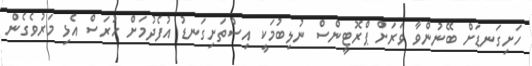
ހަށިގަނޑަށް ބޭނުންވާ ވަރަށް ޕްރޮޓީންސް ނުލިބުމަކީ އިސްތަށިގަނޑު އުފެދުމަށް ހުރަސް އެޅި މަރުވެގެން